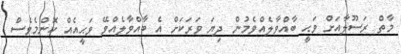
މާތް ރަސޫލާއަށް ވަޙީ ބާއްވާލެއްވެމުން ދިޔަ ވަރަކަށް އެ ބާއްވާލެއްވޭ ވަޙީއެއް ކޮންމެވެސް